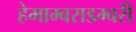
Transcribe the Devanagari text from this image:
हेमाम्बराडम्बरी